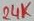
Text: 24K